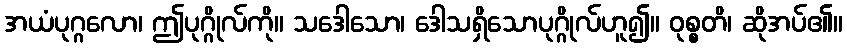
အယံပုဂ္ဂလော၊ ဤပုဂ္ဂိုလ်ကို။ သဒေါသော၊ ဒေါသရှိသောပုဂ္ဂိုလ်ဟူ၍။ ဝုစ္စတိ၊ ဆိုအပ်၏။